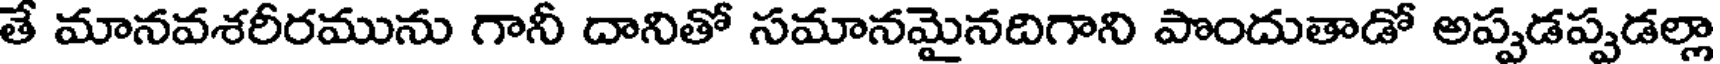
తే మానవశరీరమును గానీ దానితో సమానమైనదిగాని పొందుతాడో అప్పడప్పడల్లా